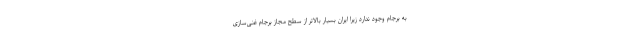
به برجام وجود ندارد زیرا ایران بسیار بالاتر از سطح مجاز برجام غنی‌سازی